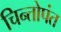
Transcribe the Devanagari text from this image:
चिन्तोपंत